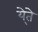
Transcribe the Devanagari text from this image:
ये्ते